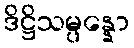
ဒိဋ္ဌိသမ္ပန္နော